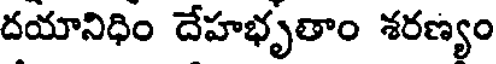
దయానిధిం దేహభృతాం శరణ్యం